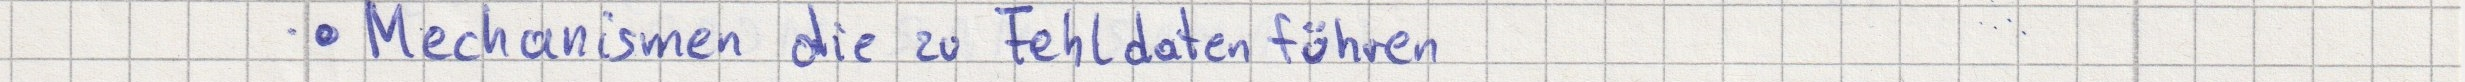
- Mechanismen die zu Fehldaten führen